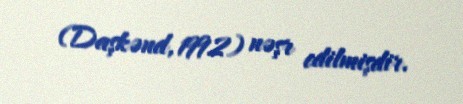
(Daşkənd, 1992) nəşr edilmişdir.